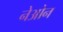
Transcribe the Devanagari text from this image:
नेओन